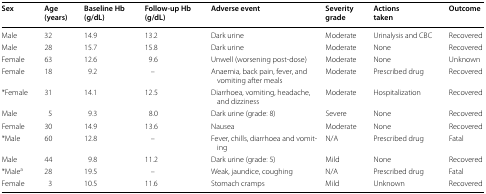
| Sex | Age (years) | Baseline Hb (g/dL) | Follow-up Hb (g/dL) | Adverse event | Severity grade | Actions taken | Outcome |
 | --- | --- | --- | --- | --- | --- | --- | --- |
 | Male | 32 | 14.9 | 13.2 | Dark urine | Moderate | Urinalysis and CBC | Recovered |
 | Male | 28 | 15.7 | 15.8 | Dark urine | Moderate | None | Recovered |
 | Female | 63 | 12.6 | 9.6 | Unwell (worsening post-dose) | Moderate | None | Unknown |
 | Female | 18 | 9.2 | – | Anaemia, back pain, fever, and vomiting after meals | Moderate | Prescribed drug | Recovered |
 | *Female | 31 | 14.1 | 12.5 | Diarrhoea, vomiting, headache, and dizziness | Moderate | Hospitalization | Recovered |
 | Male | 5 | 9.3 | 8.0 | Dark urine (grade: 8) | Severe | None | Recovered |
 | Female | 30 | 14.9 | 13.6 | Nausea | Moderate | None | Recovered |
 | *Male | 60 | 12.8 | – | Fever, chills, diarrhoea and vomiting | N/A | Prescribed drug | Fatal |
 | Male | 44 | 9.8 | 11.2 | Dark urine (grade: 5) | Mild | None | Recovered |
 | *Malea | 28 | 19.5 | – | Weak, jaundice, coughing | N/A | Prescribed drug | Fatal |
 | Female | 3 | 10.5 | 11.6 | Stomach cramps | Mild | Unknown | Recovered |